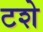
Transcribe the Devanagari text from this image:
टशे